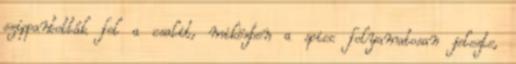
szippantották fel a csalit, miközben a spicc folyamatosan jelezte,